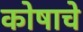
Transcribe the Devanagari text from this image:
कोषाचे